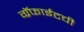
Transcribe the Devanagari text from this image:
ग्रॅफाईटची